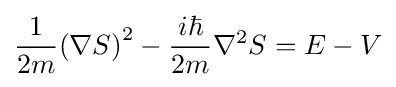
{\frac {1}{2m}}{(\nabla S)}^{2}-{\frac {i\hbar }{2m}}{\nabla }^{2}S=E-V